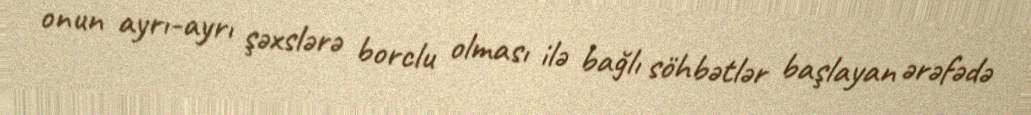
onun ayrı-ayrı şəxslərə borclu olması ilə bağlı söhbətlər başlayan ərəfədə